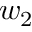
w _ { 2 }